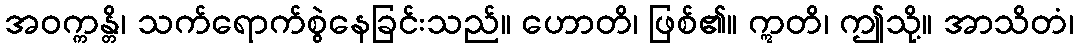
အဝက္ကန္တိ၊ သက်ရောက်စွဲနေခြင်းသည်။ ဟောတိ၊ ဖြစ်၏။ ဣတိ၊ ဤသို့။ အာသိတံ၊